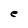
Character: e